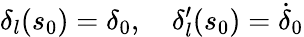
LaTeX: \delta_{l}(s_{0})=\delta_{0},\quad\delta_{l}^{\prime}(s_{0})=\dot{\delta}_{0}